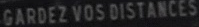
GARDEZ VOS DISTANCES